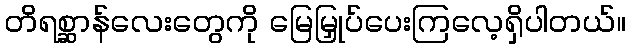
တိရစ္ဆာန်လေးတွေကို မြေမြှုပ်ပေးကြလေ့ရှိပါတယ်။